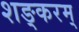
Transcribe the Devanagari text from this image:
शङ्करम्